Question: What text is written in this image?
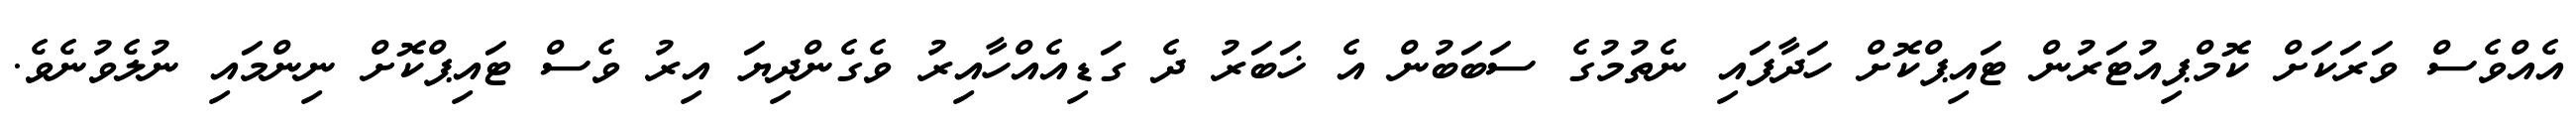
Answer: އެއްވެސް ވަރަކަށް ކޮމްޕިއުޓަރުން ޓައިޕްކޮށް ހަދާފައި ނެތުމުގެ ސަބަބުން އެ ޚަބަރު ދެ ގަޑިއެއްހާއިރު ވެގެންދިޔަ އިރު ވެސް ޓައިޕްކޮށް ނިންމައި ނުލެވުނެވެ.